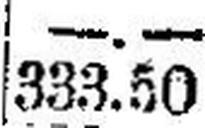
333.50